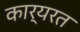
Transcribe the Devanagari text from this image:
कार्यरत